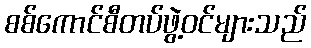
စစ်ကောင်စီတပ်ဖွဲ့ဝင်များသည်